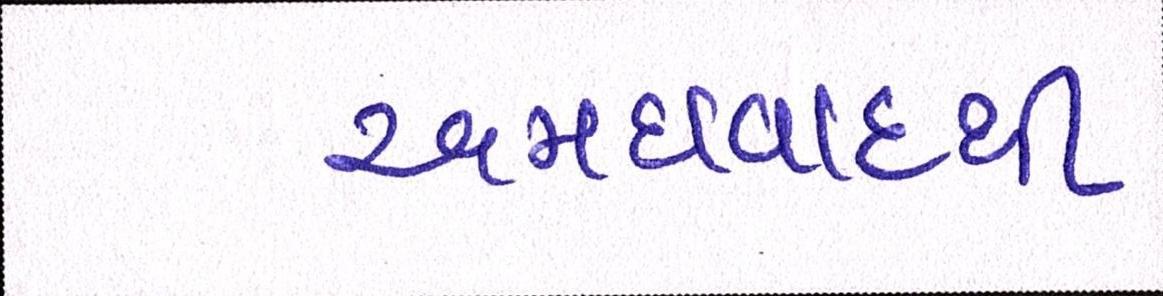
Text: અમદાવાદથી